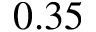
0 . 3 5